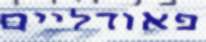
פאודליים